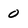
Character: 0